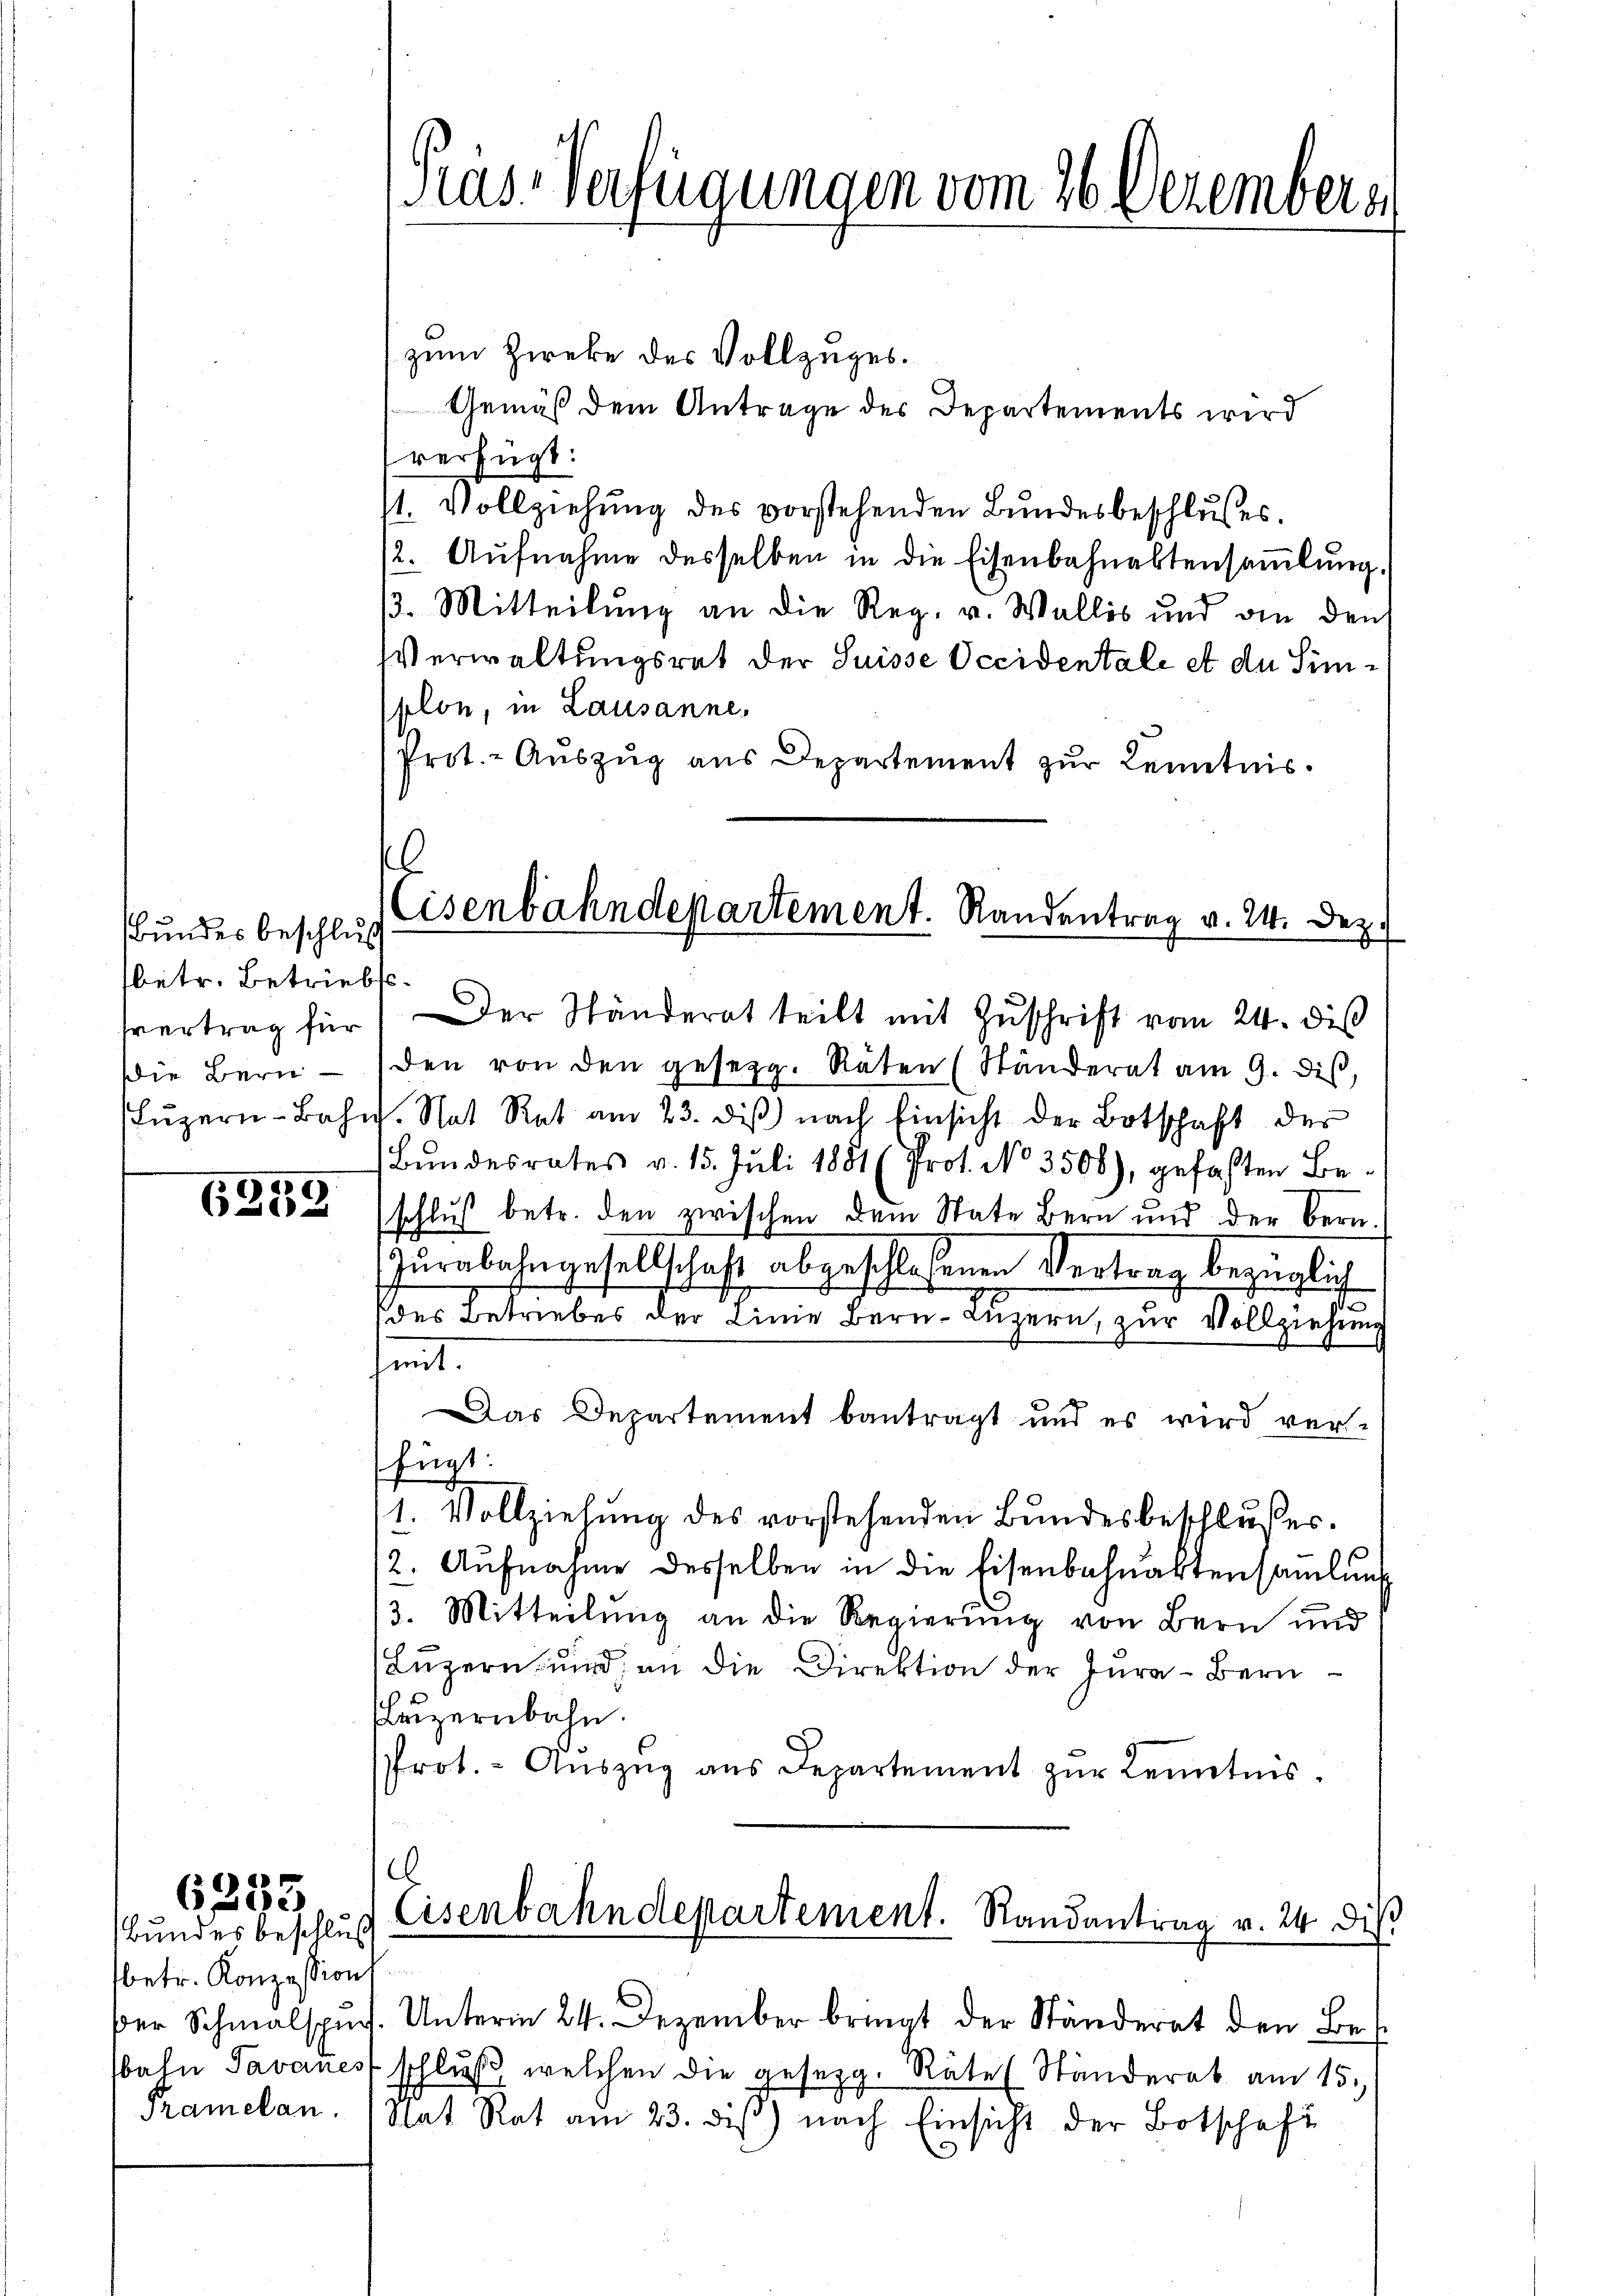
Bundes beschluss
betr. Betriebts¬
Die Bern

6259

d
655

zum Zirke des Vollzuges.
Gemäß dem Antrage des Departements wird
verfügt:
1. Vollziehung des vorstehenden Bundesbeschlusses.
/2. Aŭfnahme desselben in die Eisenbahnaktensammlung.
3. Mitteilung an die Reg. v. Wallis und die den
Verwaltungsrat der Suisse Occidentale et de Simplon, in Lausanne,
Prot.- Aŭszŭg aŭs Departement zŭr Kenntnis.
svertrag für Der Ständerat teilt mit Zŭschrift vom 24. dis
den von den gesezg. Räten (Ständerat am 9. diβ,
Lŭzern-Bahn. Nat Rat am 23. diβ nach Einsicht der Botschaft der
Bundesrates v. 15. Juli 1881 (Prot. No 3506), gefaßten Beschluß betr. den zwischen dem State Bern und der Bern.
Jurabahngesellschaft abgeschloßenen Vertrag bezüglich
s
des Betriebes der Linie Bern, Luzern, zur Vollziehung
sammt.
Das Departement bantragt und es wird verfügt:
1. Vollziehung des vorstehenden Bundesbeschlusses.
12. Aŭfnahme desselben in die Eisenbahnaktensamlung
3. Mitteilung an die Regierung von Bern und
Luzern, und an die Direktion der Jura - Bern
leizernbahn.
Prot. Aŭszŭg aŭs Departement zŭr Kenntnis.

Bundes beschluß
sbetr. Konzession
Pramelan

Pras-Verfügungen vom 26. Dezemberg

l
Cisenbahndepartement. Randentrag v. 24. Dez.

e
Eisenbahndepartement. Randantrag v. 24 dis

der Schmalspŭrs. Unterm 24. Dezember bringt der Ständerat den Be
bahn Tavanes schlŭβ welchen die gesezg. Räte (Ständerat am 15.
Rat Rat am 23. diß) nach Einsicht der Botschaft